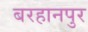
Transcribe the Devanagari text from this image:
बरहानपुर